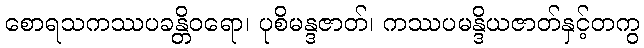
စောရသကဿပခန္တိဝရော၊ ပုစိမန္ဒဇာတ်၊ ကဿပမန္ဒိယဇာတ်နှင့်တကွ